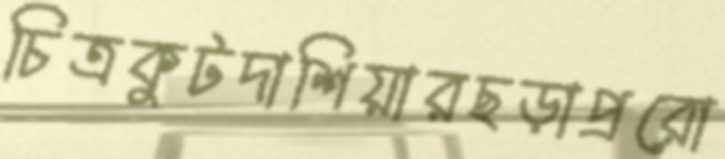
চিত্রকুটদাশিয়ারছড়াপ্ররো